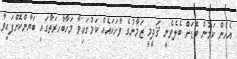
އެހެން ކަމުން ބޮޑަށް ބެލެވެނީ ޤަދީމީ ޒަމާނުގެ ވާހަކައެއް ކަމުގައިވާ މަހާބާހރަތާގައި ބަޔާންކޮށްފައިވާ